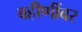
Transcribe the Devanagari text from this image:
बहीणींवर